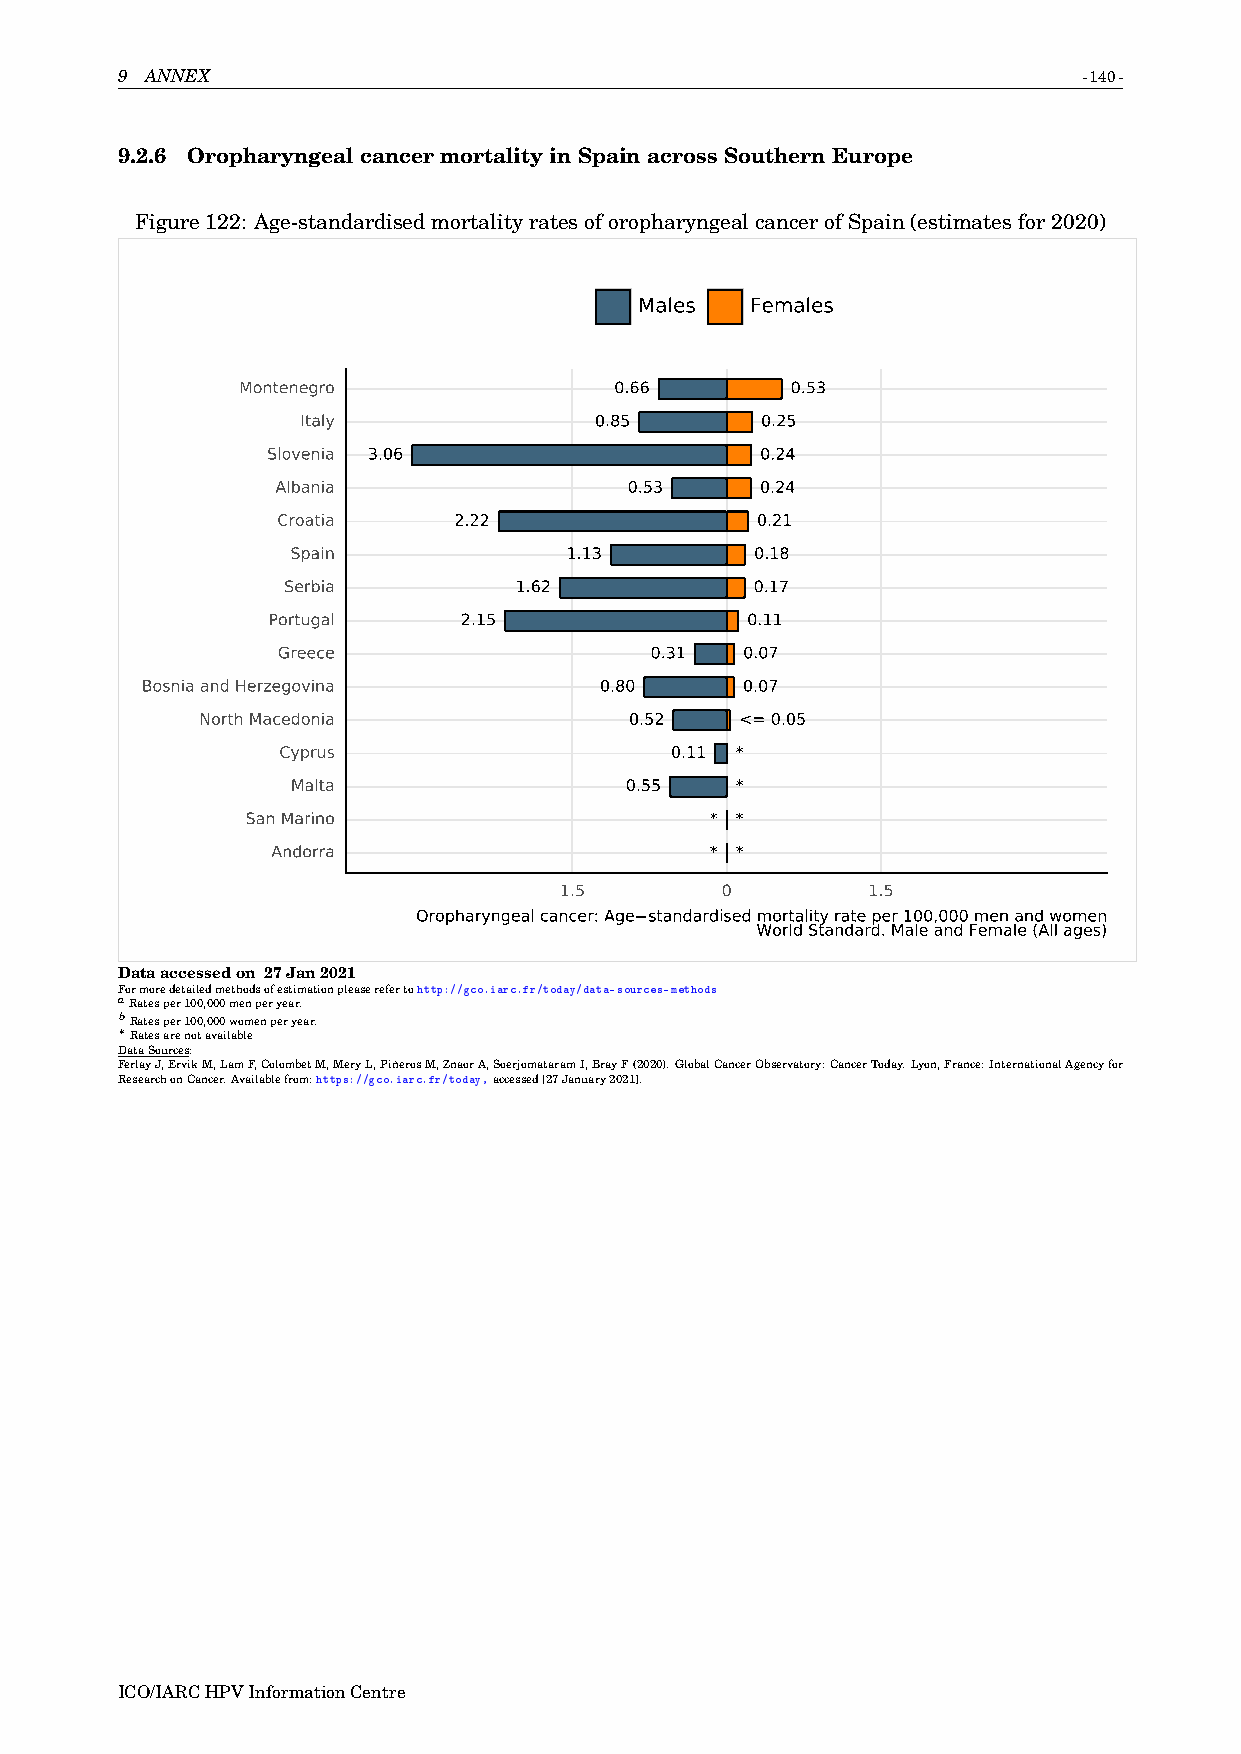
9 ANNEX                                                         -140-
 9.2.6 OropharyngealcancermortalityinSpainacrossSouthernEurope
 Figure122: Age-standardisedmortalityratesoforopharyngealcancerofSpain(estimatesfor2020)
 Males   Females
 Montenegro               0.66       0.53
 Italy              0.85       0.25
 Slovenia 3.06                   0.24
 Albania                 0.53    0.24
 Croatia     2.22                0.21
 Spain             1.13         0.18
 Serbia         1.62            0.17
 Portugal    2.15               0.11
 Greece                   0.31  0.07
 Bosnia and Herzegovina         0.80     0.07
 North Macedonia              0.52   <= 0.05
 Cyprus                    0.11 *
 Malta                 0.55    *
 San Marino                     * *
 Andorra                      * *
 1.5        0        1.5
 Oropharyngeal cancer: Age standardised mortality rate per 100,000 men and women
 World Standard. Male and Female (All ages)
 Dataaccessedon 27Jan2021
 Formoredetailedmethodsofestimationpleaserefertohttp://gco.iarc.fr/today/data-sources-methods
 aRatesper100,000menperyear.
 bRatesper100,000womenperyear.
 ∗
 Ratesarenotavailable
 DataSources:
 FerlayJ,ErvikM,LamF,ColombetM,MeryL,PiñerosM,ZnaorA,SoerjomataramI,BrayF(2020).GlobalCancerObservatory:CancerToday.Lyon,France:InternationalAgencyfor
 ResearchonCancer.Availablefrom:https://gco.iarc.fr/today,accessed[27January2021].
 ICO/IARCHPVInformationCentre